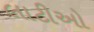
લાટીઓ